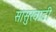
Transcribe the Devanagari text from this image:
सासुरवाडी